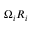
\Omega _ { i } R _ { i }